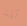
تلة